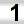
Digit: 1